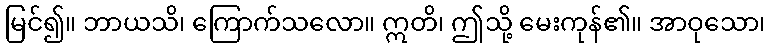
မြင်၍။ ဘာယသိ၊ ကြောက်သလော။ ဣတိ၊ ဤသို့ မေးကုန်၏။ အာဝုသော၊